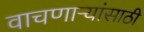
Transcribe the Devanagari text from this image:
वाचणाऱ्यांसाठी